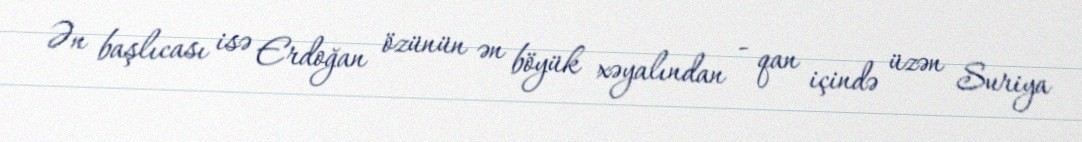
Ən başlıcası isə Erdoğan özünün ən böyük xəyalından - qan içində üzən Suriya